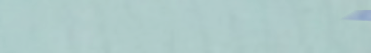
برج النور: إطلالة بانورام